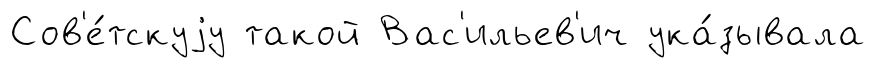
Сов'е́тскуjу такой Вас'ильев'ич ука́зывала